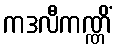
ကဒလီကဏ္ဏိံ